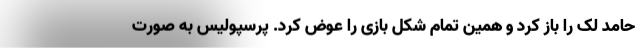
حامد لک را باز کرد و همین تمام شکل بازی را عوض کرد. پرسپولیس به صورت